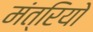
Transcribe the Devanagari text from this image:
मंत्रियो